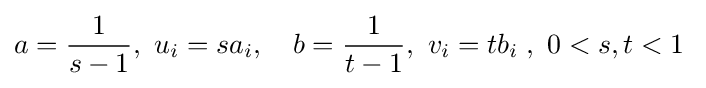
a={\frac {1}{s-1}},\ u_{i}=sa_{i},\quad b={\frac {1}{t-1}},\ v_{i}=tb_{i}\;,\ 0<s,t<1\;